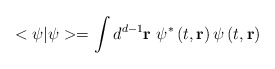
\begin{align*}<\psi |\psi >=\int d^{d-1}\mathbf{r\,\,}\psi ^{*}\left( t,\mathbf{r}\right)\psi \left( t,\mathbf{r}\right)\end{align*}